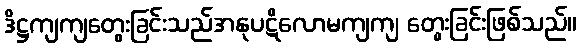
ဒိဋ္ဌကျကျတွေးခြင်းသည်အနုပဋိလောမကျကျ တွေးခြင်းဖြစ်သည်။